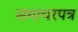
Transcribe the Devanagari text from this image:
समाचरपत्र